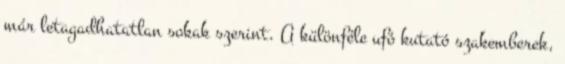
már letagadhatatlan sokak szerint. A különféle ufó kutató szakemberek,